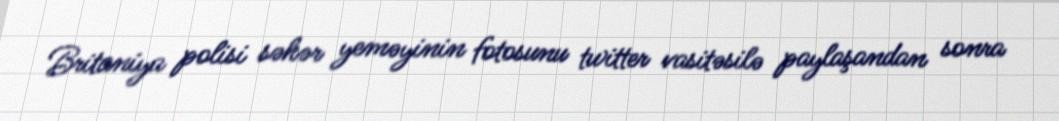
Britaniya polisi səhər yeməyinin fotosunu twitter vasitəsilə paylaşandan sonra